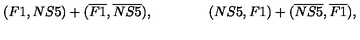
( F 1 , N S 5 ) + ( \overline { { F 1 } } , \overline { { N S 5 } } ) , \qquad \qquad ( N S 5 , F 1 ) + ( \overline { { N S 5 } } , \overline { { F 1 } } ) ,